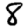
Digit: 8